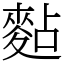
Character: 䴴